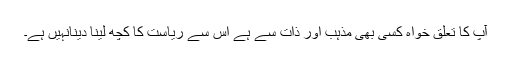
آپ کا تعلق خواہ کسی بھی مذہب اور ذات سے ہے اس سے ریاست کا کچھ لینا دینانہیں ہے۔